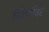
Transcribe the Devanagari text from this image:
खिर्णीवर